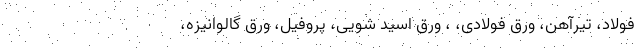
فولاد، تیرآهن، ورق فولادی، ، ورق اسید شویی، پروفیل، ورق گالوانیزه،